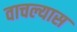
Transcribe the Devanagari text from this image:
वाचल्यास